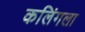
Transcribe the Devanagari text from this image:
कलिंगला